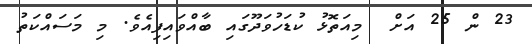
23 ން 25 އަށް  މިއަތޮޅު ކުޑަހުވަދޫގައި ބާއްވައިފިއެވެ. މި މަސައްކަތު